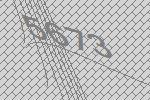
5673